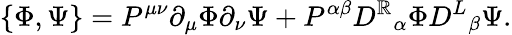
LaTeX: \{ \Phi,\Psi\} =P^{\mu\nu}\partial_{\mu}\Phi\partial_{\nu}\Psi+P^{\alpha\beta}{D^{\mathbb{R}}}_{\alpha}\Phi{D^{L}}_{\beta}\Psi.